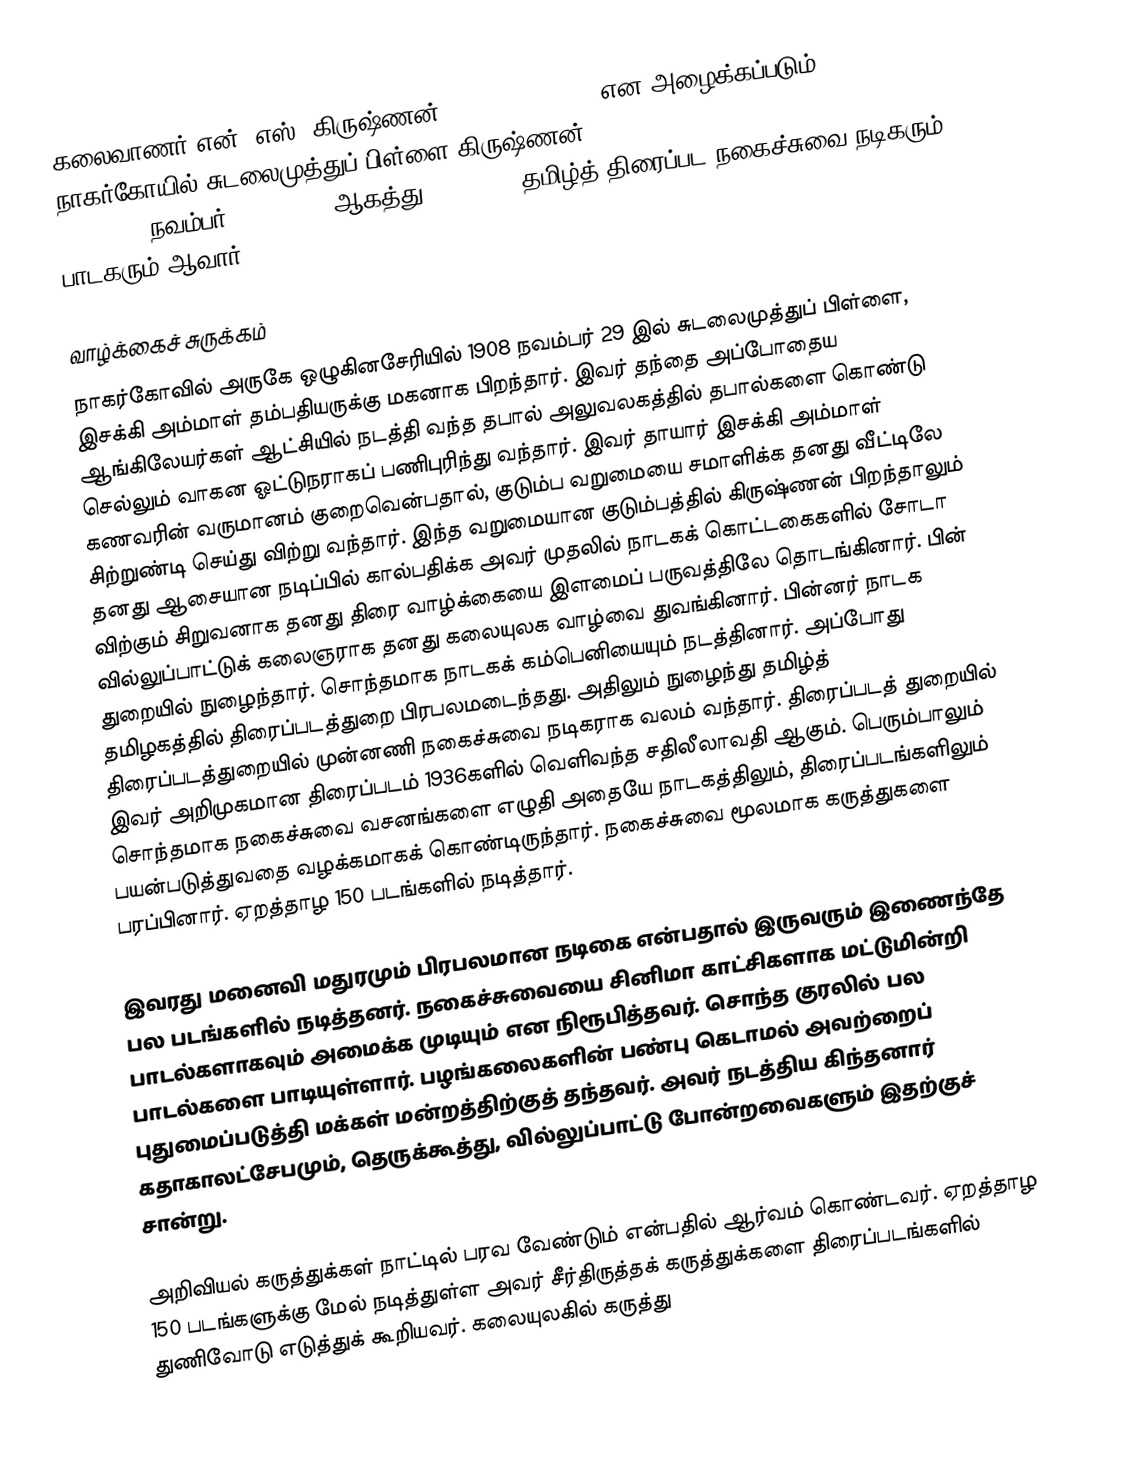
கலைவாணர் என். எஸ். கிருஷ்ணன் (N. S. Krishnan) என அழைக்கப்படும் நாகர்கோயில் சுடலைமுத்துப் பிள்ளை கிருஷ்ணன் (Nagercoil Sudalaimuthu Pillai Krishnan, நவம்பர் 29, 1908 - ஆகத்து 30, 1957) தமிழ்த் திரைப்பட நகைச்சுவை நடிகரும் பாடகரும் ஆவார்.

வாழ்க்கைச் சுருக்கம்
நாகர்கோவில் அருகே ஒழுகினசேரியில் 1908 நவம்பர் 29 இல் சுடலைமுத்துப் பிள்ளை, இசக்கி அம்மாள் தம்பதியருக்கு மகனாக பிறந்தார். இவர் தந்தை அப்போதைய ஆங்கிலேயர்கள் ஆட்சியில் நடத்தி வந்த தபால் அலுவலகத்தில் தபால்களை கொண்டு செல்லும் வாகன ஓட்டுநராகப் பணிபுரிந்து வந்தார். இவர் தாயார் இசக்கி அம்மாள் கணவரின் வருமானம் குறைவென்பதால், குடும்ப வறுமையை சமாளிக்க தனது வீட்டிலே சிற்றுண்டி செய்து விற்று வந்தார். இந்த வறுமையான குடும்பத்தில் கிருஷ்ணன் பிறந்தாலும் தனது ஆசையான நடிப்பில் கால்பதிக்க அவர் முதலில் நாடகக் கொட்டகைகளில் சோடா விற்கும் சிறுவனாக தனது திரை வாழ்க்கையை இளமைப் பருவத்திலே தொடங்கினார். பின் வில்லுப்பாட்டுக் கலைஞராக தனது கலையுலக வாழ்வை துவங்கினார். பின்னர் நாடக துறையில் நுழைந்தார். சொந்தமாக நாடகக் கம்பெனியையும் நடத்தினார். அப்போது தமிழகத்தில் திரைப்படத்துறை பிரபலமடைந்தது. அதிலும் நுழைந்து தமிழ்த் திரைப்படத்துறையில் முன்னணி நகைச்சுவை நடிகராக வலம் வந்தார். திரைப்படத் துறையில் இவர் அறிமுகமான திரைப்படம் 1936களில் வெளிவந்த சதிலீலாவதி ஆகும். பெரும்பாலும் சொந்தமாக நகைச்சுவை வசனங்களை எழுதி அதையே நாடகத்திலும், திரைப்படங்களிலும் பயன்படுத்துவதை வழக்கமாகக் கொண்டிருந்தார். நகைச்சுவை மூலமாக கருத்துகளை பரப்பினார். ஏறத்தாழ 150 படங்களில் நடித்தார்.

இவரது மனைவி மதுரமும் பிரபலமான நடிகை என்பதால் இருவரும் இணைந்தே பல படங்களில் நடித்தனர். நகைச்சுவையை சினிமா காட்சிகளாக மட்டுமின்றி பாடல்களாகவும் அமைக்க முடியும் என நிரூபித்தவர். சொந்த குரலில் பல பாடல்களை பாடியுள்ளார். பழங்கலைகளின் பண்பு கெடாமல் அவற்றைப் புதுமைப்படுத்தி மக்கள் மன்றத்திற்குத் தந்தவர். அவர் நடத்திய கிந்தனார் கதாகாலட்சேபமும், தெருக்கூத்து, வில்லுப்பாட்டு போன்றவைகளும் இதற்குச் சான்று.

அறிவியல் கருத்துக்கள் நாட்டில் பரவ வேண்டும் என்பதில் ஆர்வம் கொண்டவர். ஏறத்தாழ 150 படங்களுக்கு மேல் நடித்துள்ள அவர் சீர்திருத்தக் கருத்துக்களை திரைப்படங்களில் துணிவோடு எடுத்துக் கூறியவர். கலையுலகில் கருத்து